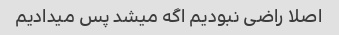
اصلا راضی نبودیم اگه میشد پس میدادیم